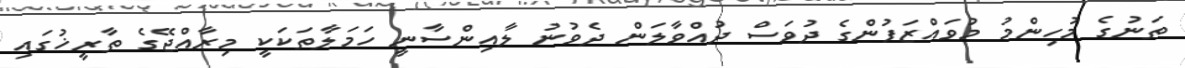
ތަނުގެ މުހިންމު މުވައްޒަފުންގެ ދުވަސް ދުއްވާލަން ދެވުނު ލާއިންސާނީ ހަމަލާތަކަކީ މިރާއްޖޭގެ ތާރީޚުގައި